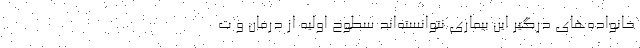
خانواده‌های درگیر این بیماری نتوانسته‌اند سطوح اولیه از درمان و ت